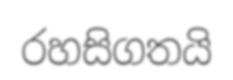
රහසිගතයි